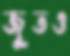
জুতও